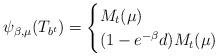
LaTeX: \begin{align*}\psi_{\beta,\mu}(T_{b^t})=\begin{cases}M_t(\mu)&\\(1-e^{-\beta}d)M_t(\mu)&\end{cases}\end{align*}